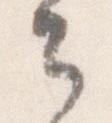
々